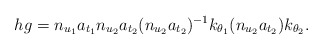
\begin{align*} hg = n_{u_1}a_{t_1} n_{u_2}a_{t_2}(n_{u_2}a_{t_2})^{-1}k_{\theta_1}(n_{u_2} a_{t_2})k_{\theta_2}.\end{align*}